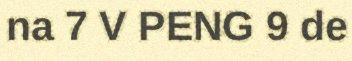
na 7 V PENG 9 de